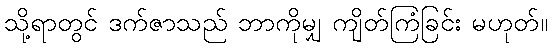
သို့ရာတွင် ဒက်ဇာသည် ဘာကိုမျှ ကျိတ်ကြံခြင်း မဟုတ်။